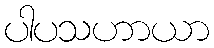
ပါပသဟာယာ